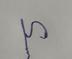
Signature authenticity: genuine